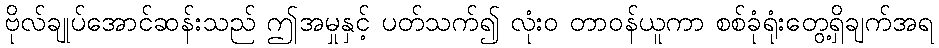
ဗိုလ်ချုပ်အောင်ဆန်းသည် ဤအမှုနှင့် ပတ်သက်၍ လုံးဝ တာဝန်ယူကာ စစ်ခုံရုံးတွေ့ရှိချက်အရ